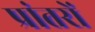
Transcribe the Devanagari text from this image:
प्रांतरों